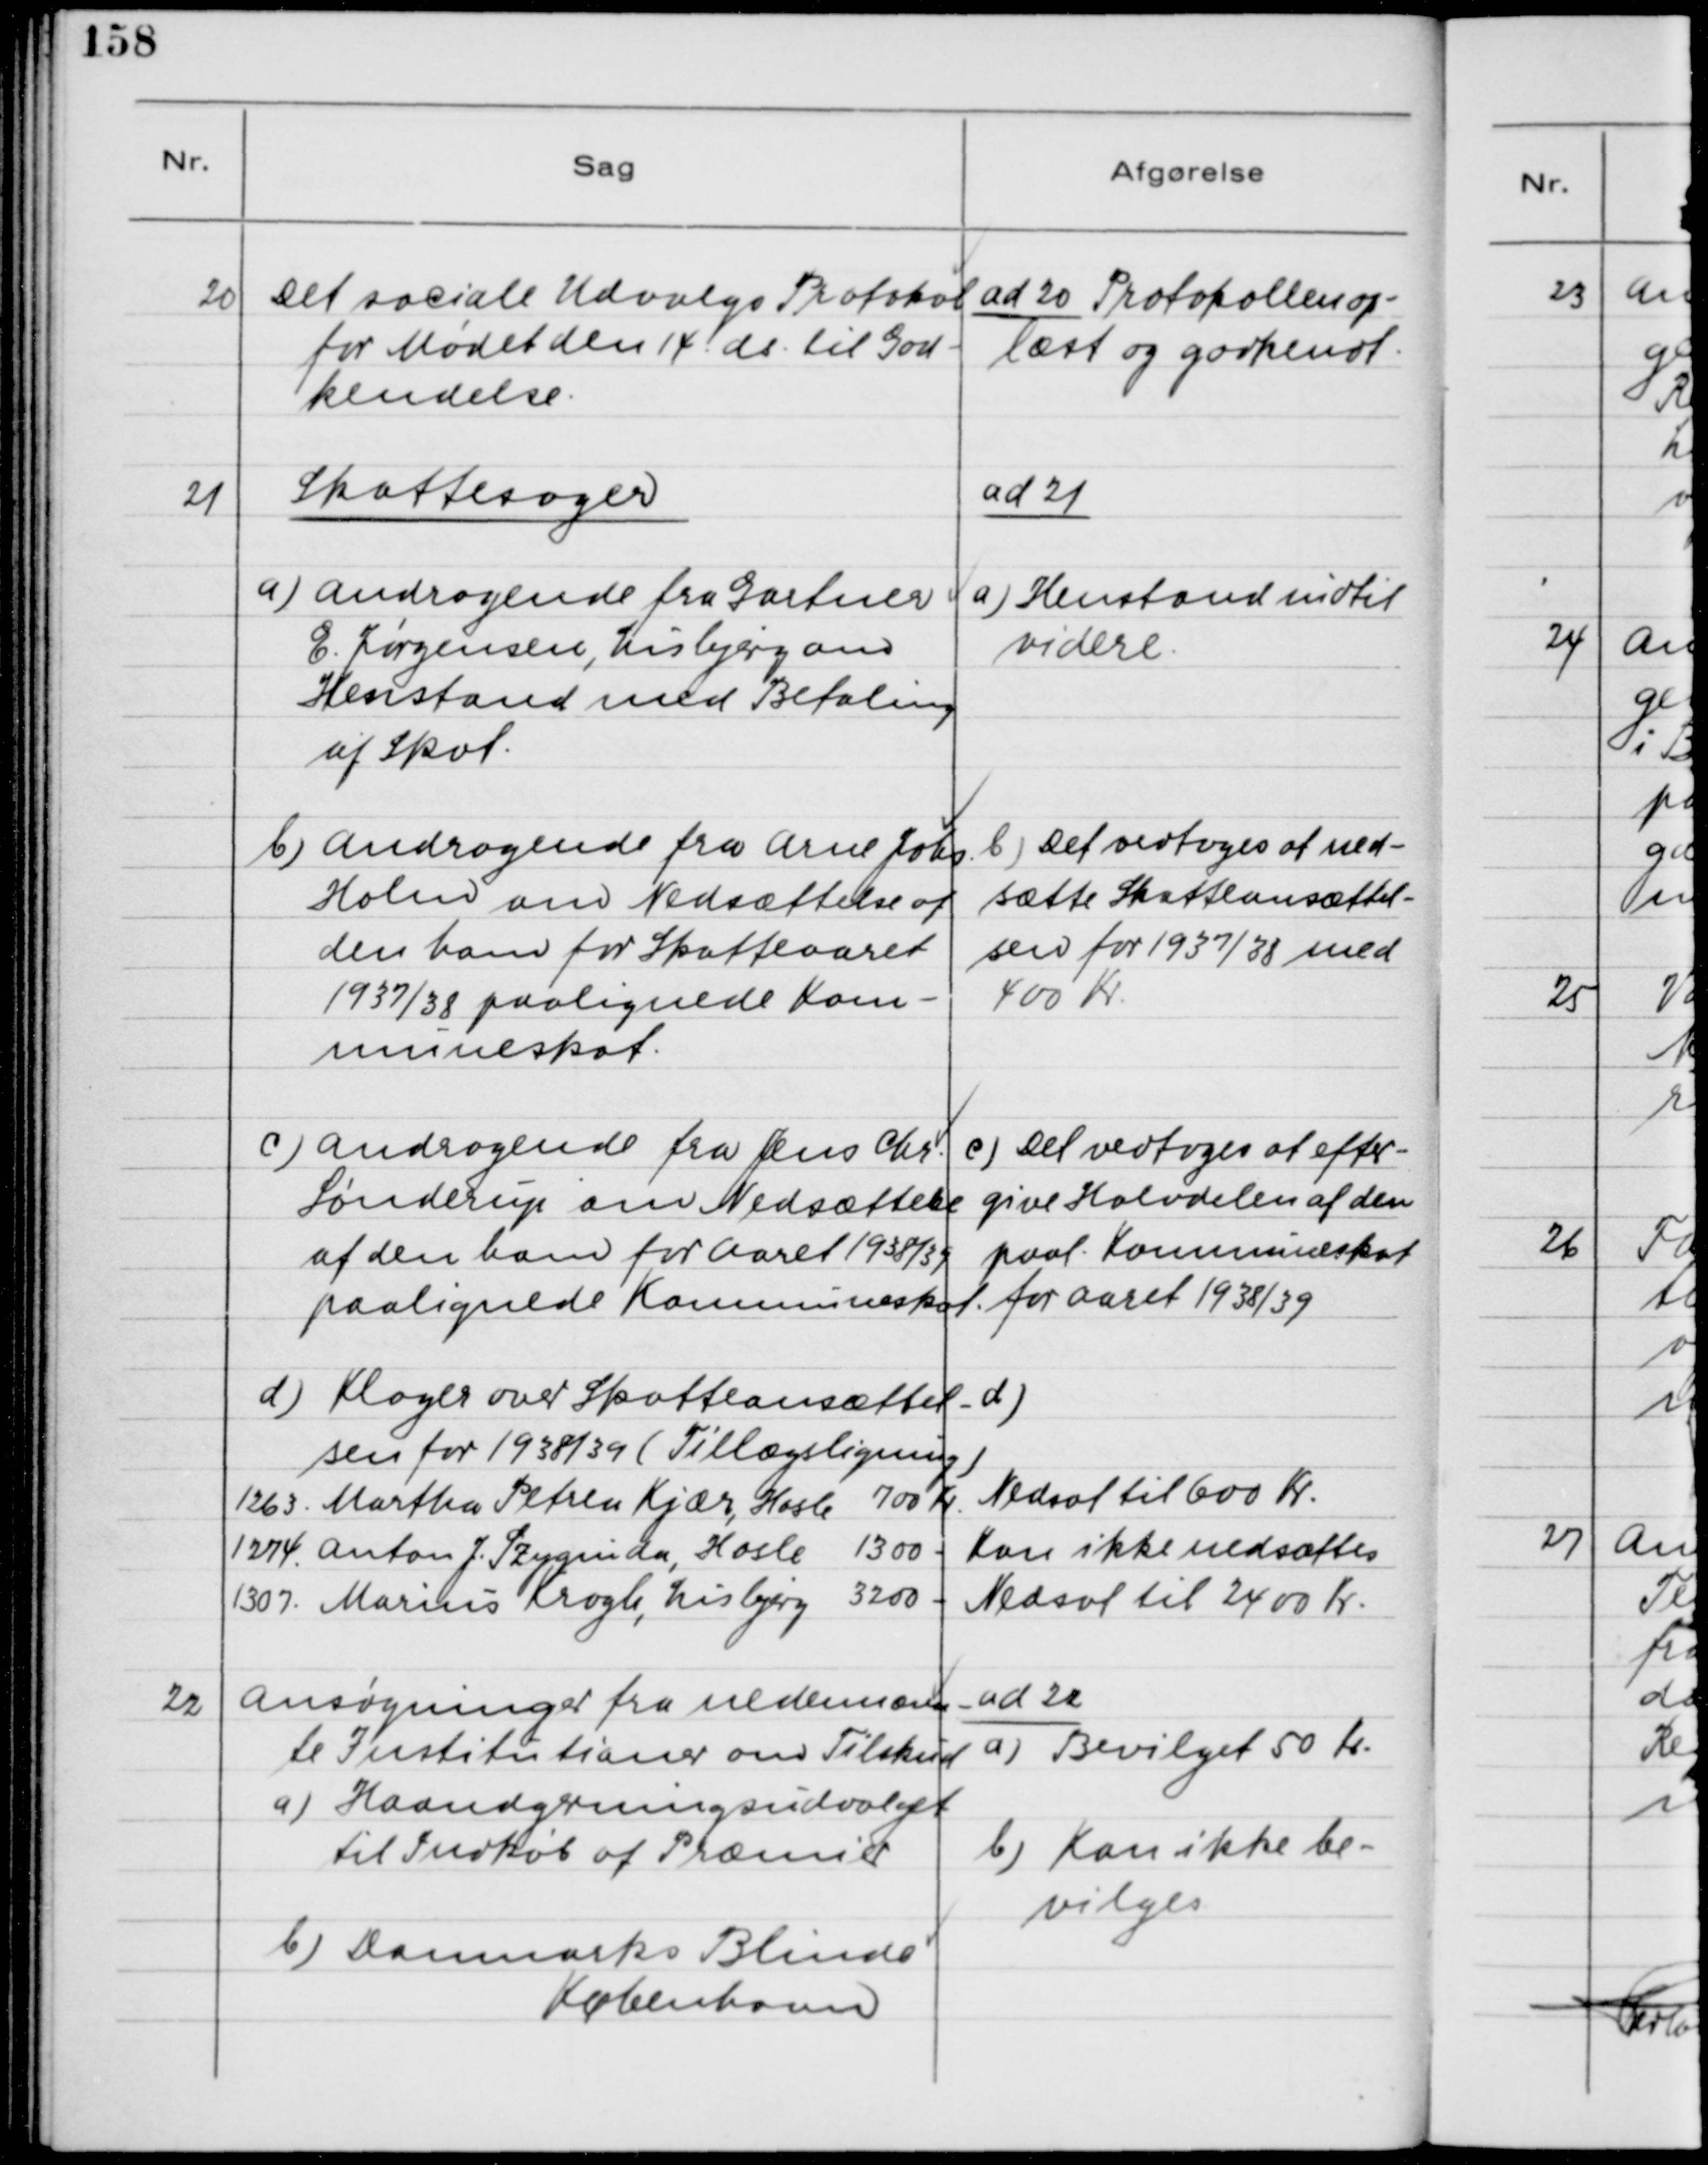
Transskription:
20. Det sociale Udvalgs Protokol
for Mødet den 14. ds. til God-
kendelse

ad 20. Protokollen op-
læst og godkendt

21. Skattesager
a) Andragende fra Gartner
E. Jørgensen, Lisbjerg om
Henstand med Betaling
af Skat.
b) Andragende fra Arne Johs.
Holm om Nedsættelse af
den ham for Skatteaaret
1937/38 paalignede Kom-
muneskat.
c) Andragende fra Jens Chr.
Sønderup om Nedsættelse
af den ham for Aaret 1938/39
paalignede Kommuneskat
d) Klager over Skatteansættel-
sen for 1938/39 (Tillægsligning)
1263. Martha Petrea Kjær, Hasle 700 Kr.
1274. Anton J. Szynginda, Hasle 1300 -.
1307. Marius Krogh, Lisbjerg 3200 -

ad 21.
a) Henstand indtil
videre
b) Det vedtoges at ned-
sætte Skatteansættel-
sen for 1937/38 med
400 Kr.
c) Det vedtoges at efter-
give Halvdelen af den
paal. Kommuneskat
for Aaret 1938/39
d)
Nedsat til 600 Kr.
Kan ikke nedsættes
Nedsat til 2400 Kr.

20. Ansøgninger fra nedennævn-
te Institutioner om Tilskud
a) Haandgerningsudvalget
til Indkøb af Præmier
b) Danmarks Blinde
København

ad 20.
a) Bevilget 50 Kr.
b) Kan ikke be-
vilges